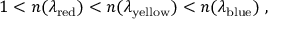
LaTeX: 1 < n ( \lambda _ { \mathrm { { r e d } } } ) < n ( \lambda _ { \mathrm { { y e l l o w } } } ) < n ( \lambda _ { \mathrm { { b l u e } } } ) \ ,